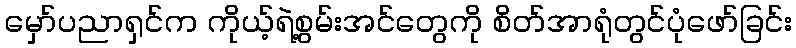
မှော်ပညာရှင်က ကိုယ့်ရဲ့စွမ်းအင်တွေကို စိတ်အာရုံတွင်ပုံဖော်ခြင်း